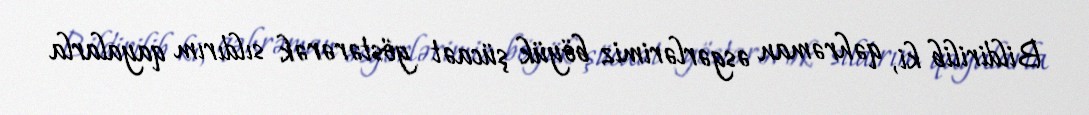
Bildirilib ki, qəhrəman əsgərlərimiz böyük şücaət göstərərək sıldırım qayalarla